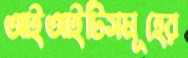
আইআইটিসমূহের